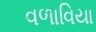
વળાવિયા